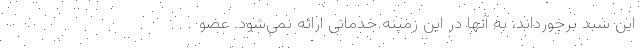
این سبد برخورداند، به آنها در این زمینه خدماتی ارائه نمی‌شود. عضو